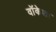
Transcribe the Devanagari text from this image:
वॉकेशा